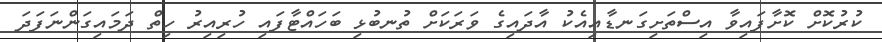
ކުރުކޮށް ކޮށާފައިވާ އިސްތަށިގަނޑާއިއެކު އާދައިގެ ވަރަކަށް ތުނބުޅި ބަހައްޓާފައި ހުރިއިރު ހިތް ދަމައިގަންނަފަދަ